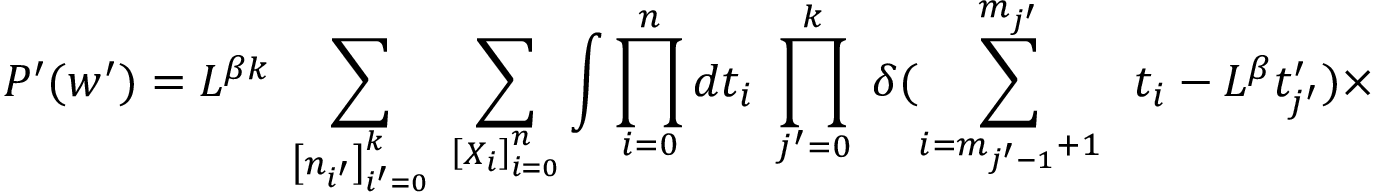
P ^ { \prime } ( w ^ { \prime } ) = L ^ { \beta k } \; \sum _ { \left[ n _ { i ^ { \prime } } \right] _ { i ^ { \prime } = 0 } ^ { k } } \; \sum _ { \left[ X _ { i } \right] _ { i = 0 } ^ { n } } \int \prod _ { i = 0 } ^ { n } d t _ { i } \; \prod _ { j ^ { \prime } = 0 } ^ { k } \; \delta ( \sum _ { { i } = m _ { j ^ { \prime } - 1 } + 1 } ^ { m _ { j ^ { \prime } } } \; \; t _ { i } - L ^ { \beta } t _ { j ^ { \prime } } ^ { \prime } ) \times